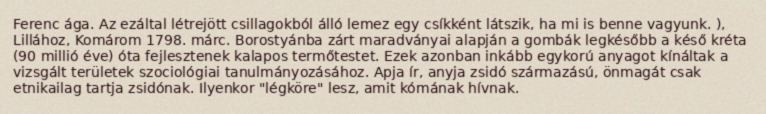
Ferenc ága. Az ezáltal létrejött csillagokból álló lemez egy csíkként látszik, ha mi is benne vagyunk. ), Lillához, Komárom 1798. márc. Borostyánba zárt maradványai alapján a gombák legkésőbb a késő kréta (90 millió éve) óta fejlesztenek kalapos termőtestet. Ezek azonban inkább egykorú anyagot kínáltak a vizsgált területek szociológiai tanulmányozásához. Apja ír, anyja zsidó származású, önmagát csak etnikailag tartja zsidónak. Ilyenkor "légköre" lesz, amit kómának hívnak.